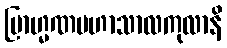
ဗြာဟ္မဏမဟာသာလကုလာနိ